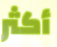
أكثر